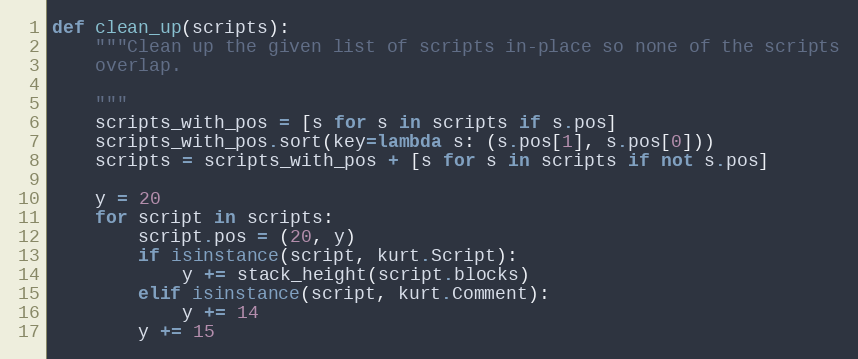
Language: Python
def clean_up(scripts):
    """Clean up the given list of scripts in-place so none of the scripts
    overlap.

    """
    scripts_with_pos = [s for s in scripts if s.pos]
    scripts_with_pos.sort(key=lambda s: (s.pos[1], s.pos[0]))
    scripts = scripts_with_pos + [s for s in scripts if not s.pos]

    y = 20
    for script in scripts:
        script.pos = (20, y)
        if isinstance(script, kurt.Script):
            y += stack_height(script.blocks)
        elif isinstance(script, kurt.Comment):
            y += 14
        y += 15